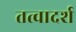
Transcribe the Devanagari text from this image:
तत्वादर्श